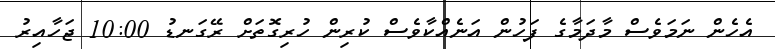
އެހެން ނަމަވެސް މާދަމާގެ ފަހުން އަނެއްކާވެސް ކުރިން ހުރިގޮތަށް ރޭގަނޑު 10:00 ޖަހާއިރު